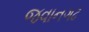
જવાનગઢ